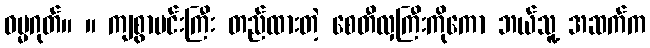
ဓမ္မဂုတ်။ ။ ကျစွာမင်းကြီး တည်ထားတဲ့ စေတီလှကြီးကိုကော ဘယ်သူ့ အဆက်က